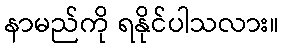
နာမည်ကို ရနိုင်ပါသလား။